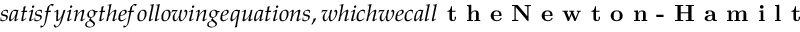
s a t i s f y i n g t h e f o l l o w i n g e q u a t i o n s , w h i c h w e c a l l \textbf { t h e N e w t o n - H a m i l t o n e q u a t i o n s } , f o r a l l